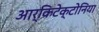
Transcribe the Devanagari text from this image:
आर्किटेक्टोनिया